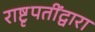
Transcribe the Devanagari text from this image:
राष्टृपतींद्वारा